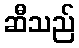
ဆီသည်